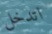
اتدخل